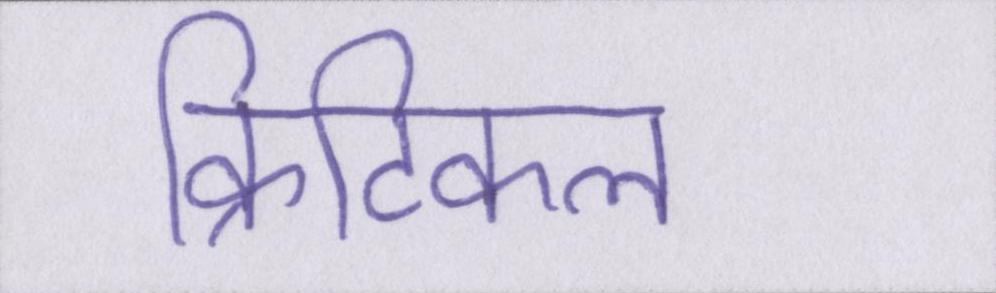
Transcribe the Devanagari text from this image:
क्रिटिकल